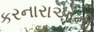
કરનારાઓની